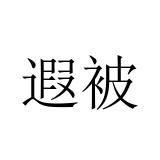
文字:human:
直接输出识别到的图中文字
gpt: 遐被